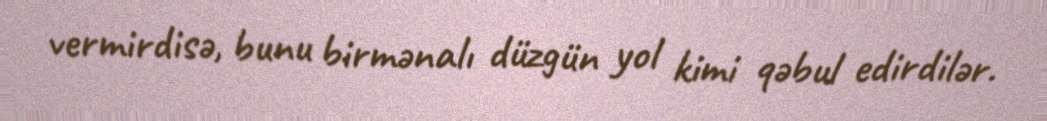
vermirdisə, bunu birmənalı düzgün yol kimi qəbul edirdilər.